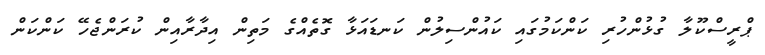
ޕްރީސްކޫލާ ގުޅުންހުރި ކަންކަމުގައި ކައުންސިލުން ކަނޑައަޅާ ގޮތެއްގެ މަތިން އިދާރާއިން ކުރަންޖެހޭ ކަންކަން